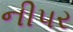
નીપર